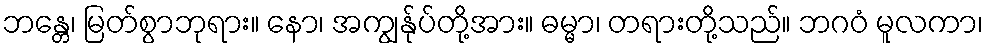
ဘန္တေ၊ မြတ်စွာဘုရား။ နော၊ အကျွန်ုပ်တို့အား။ ဓမ္မာ၊ တရားတို့သည်။ ဘဂဝံ မူလကာ၊